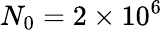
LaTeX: N_{0}=2\times 10^{6}